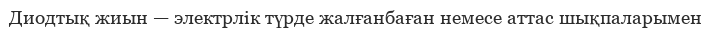
Диодтық жиын — электрлік түрде жалғанбаған немесе аттас шықпаларымен